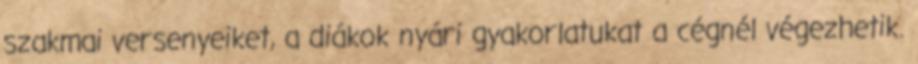
szakmai versenyeiket, a diákok nyári gyakorlatukat a cégnél végezhetik.